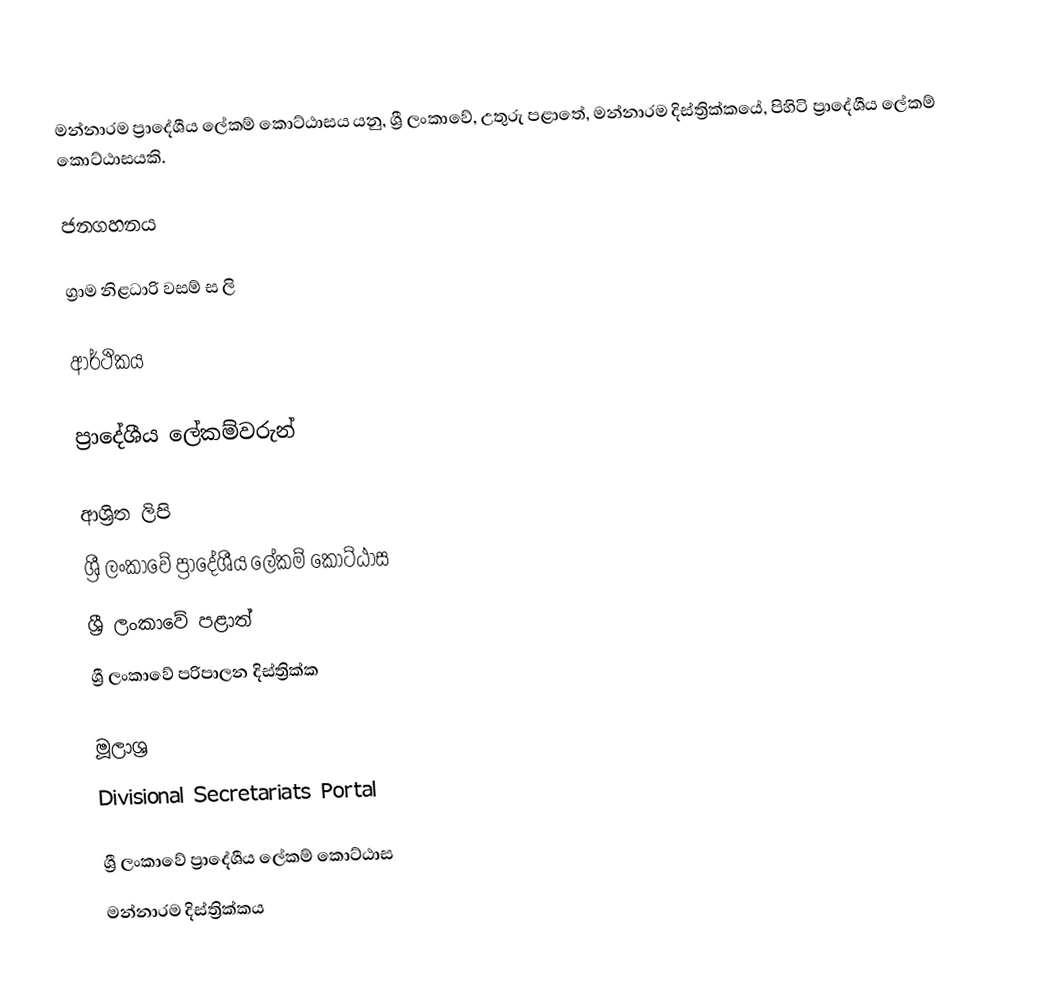
මන්නාරම ප්‍රාදේශීය ලේකම් කොට්ඨාසය යනු,  ශ්‍රී ලංකාවේ, උතුරු පළාතේ,   මන්නාරම දිස්ත්‍රික්කයේ, පිහිටි ප්‍රාදේශීය ලේකම් කොට්ඨාසයකි.

ජනගහනය

ග්‍රාම නිළධාරි වසම් ස   ලි

ආර්ථිකය

ප්‍රාදේශීය ලේකම්වරුන්

ආශ්‍රිත ලිපි
ශ්‍රී ලංකාවේ ප්‍රාදේශීය ලේකම් කොට්ඨාස
ශ්‍රී ලංකාවේ පළාත්
ශ්‍රී ලංකාවේ පරිපාලන දිස්ත්‍රික්ක

මූලාශ්‍ර
 Divisional Secretariats Portal

ශ්‍රී ලංකාවේ ප්‍රාදේශීය ලේකම් කොට්ඨාස
මන්නාරම දිස්ත්‍රික්කය